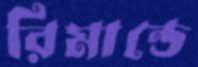
রিমান্ডে